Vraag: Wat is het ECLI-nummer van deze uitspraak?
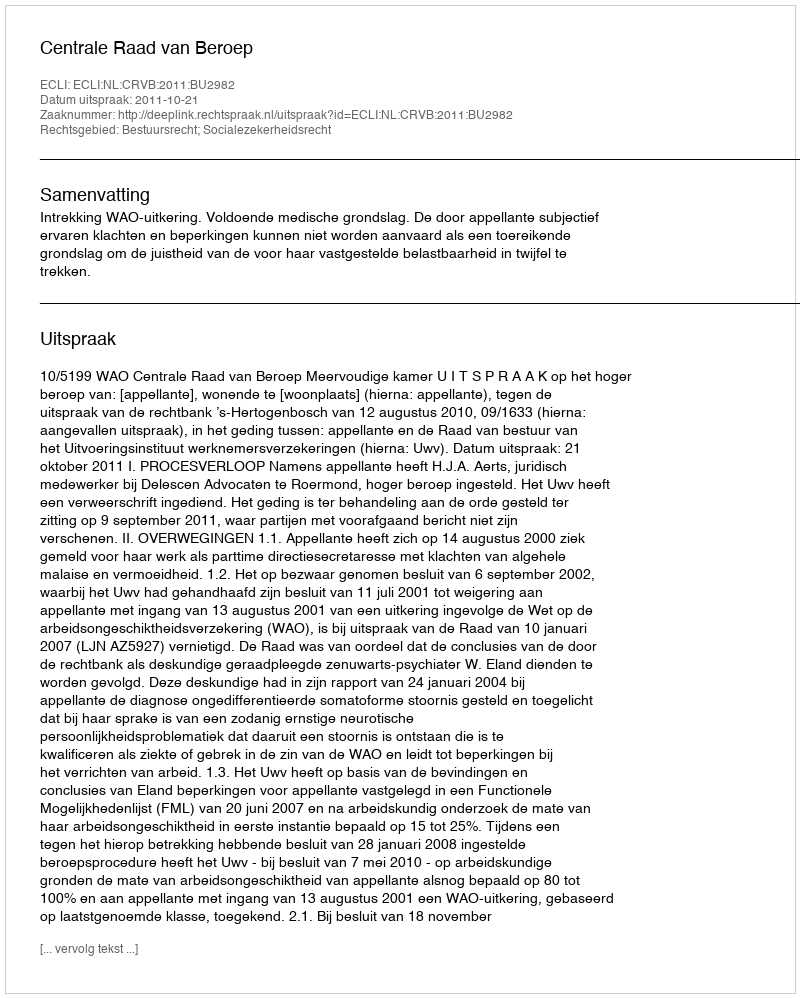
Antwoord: ECLI:NL:CRVB:2011:BU2982